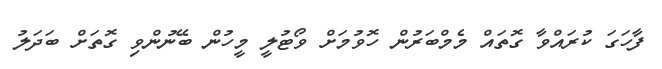
ފާހަގަ ކުރައްވާ ގޮތައް މެމްބަރުން ހޮވުމަށް ވޯޓުލީ މީހުން ބޭނުންވި ގޮތަށް ބަދަލު